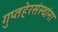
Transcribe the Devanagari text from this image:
गुप्तहेरसंस्थांना